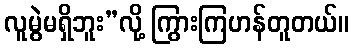
လူမွဲမရှိဘူး”လို့ ကြွားကြဟန်တူတယ်။